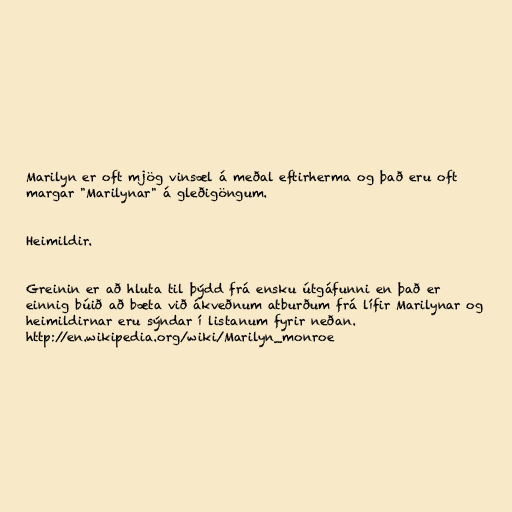
Marilyn er oft mjög vinsæl á meðal eftirherma og það eru oft
margar "Marilynar" á gleðigöngum.

Heimildir.

Greinin er að hluta til þýdd frá ensku útgáfunni en það er
einnig búið að bæta við ákveðnum atburðum frá lífir Marilynar og
heimildirnar eru sýndar í listanum fyrir neðan.
http://en.wikipedia.org/wiki/Marilyn_monroe